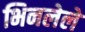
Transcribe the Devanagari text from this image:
भिनलेले